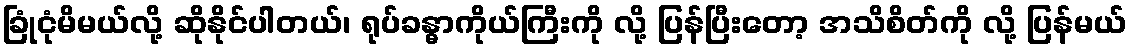
ခြုံငုံမိမယ်လို့ ဆိုနိုင်ပါတယ်၊ ရုပ်ခန္ဓာကိုယ်ကြီးကို လို့ ပြန်ပြီးတော့ အသိစိတ်ကို လို့ ပြန်မယ်